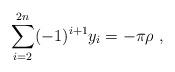
LaTeX: \begin{align*}\sum_{i=2}^{2n} (-1)^{i+1} y_i = - \pi \rho ~,~\,\end{align*}